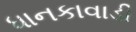
ધાનકાવાડી